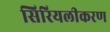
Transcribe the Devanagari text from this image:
सिरियलीकरण